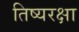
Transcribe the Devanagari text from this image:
तिष्यरक्षा